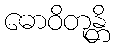
ဓောဝိတုန္တိ